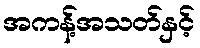
အကန့်အသတ်နှင့်